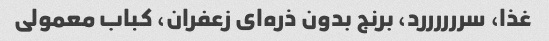
غذا، سررررررد، برنج بدون ذره‌ای زعفران، کباب معمولی